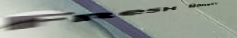
Fresh Bakery